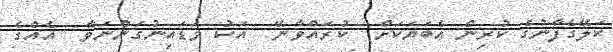
ކަލޭގެފާނުގެ ކުރިން އެބަޔަކަށް  ކުރައްވާނޭ  އަކު ވަޑައިނުގަންނަވާ  އެއްގެ